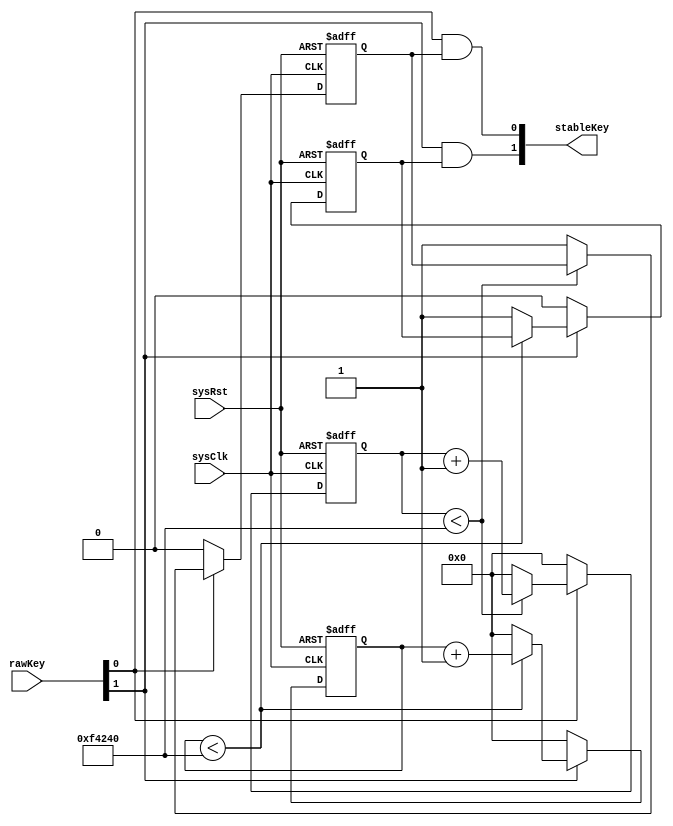
`define relaxCycle relaxTimeInMs*50*1000 // under clock at 50Mhz

module keyStabilizer #(
	parameter relaxTimeInMs=20)(
	input sysClk,
	input sysRst,
	input [1:0]rawKey,
	output [1:0]stableKey);
	reg [1:0]keyFlag;
	
	reg [32:0]counts1;
	reg [32:0]counts2;
	
	always @(posedge sysClk or posedge sysRst)
	begin
		if(sysRst)begin
			counts1<=0;
			keyFlag[0]<=0;
		end
		else begin
			if(rawKey[0]==0)begin
				counts1<=0;
				keyFlag[0]<=0;
				end
			else begin
				if(counts1<`relaxCycle)
					counts1<=counts1+1;
				else begin
					keyFlag[0]<=rawKey[0];
					counts1<=0;
				end
			end
		end
	end
	
	always @(posedge sysClk or posedge sysRst)
	begin
		if(sysRst)begin
			counts2<=0;
			keyFlag[1]<=0;
		end
		else begin
			if(rawKey[1]==0)begin
				counts2<=0;
				keyFlag[1]<=0;
				end
			else begin
				if(counts2<`relaxCycle)
					counts2<=counts2+1;
				else begin
					keyFlag[1]<=rawKey[1];
					counts2<=0;
				end
			end
		end
	end
	assign stableKey[0]=rawKey[0] & keyFlag[0];
	assign stableKey[1]=rawKey[1] & keyFlag[1];
endmodule

module testKeyStabilizer();
	reg sysClk;
	reg sysRst;
	reg [1:0]rawKey;
	wire [1:0]stableKey;
    keyStabilizer U1(
        .sysClk(sysClk),
        .sysRst(sysRst),
        .rawKey(rawKey),
        .stableKey(stableKey));
    initial begin
        sysClk = 0;
        sysRst = 1;
    #5  sysRst =0;
	 #5  sysRst =1;
    #20  rawKey = 3;
    #1  rawKey=0;
    #1  rawKey=3;
	 #1  rawKey=0;
    #1  rawKey=3;
	 #1  rawKey=0;
    #1  rawKey=3;
    #50  rawKey  = 0;
    #50  rawKey  = 3;
    #50  rawKey  = 0;
    end
    always begin 
    #1 sysClk = ~sysClk;
    end
endmodule